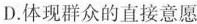
D.体现群众的直接意愿